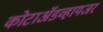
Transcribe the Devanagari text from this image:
कोटाॲडव्हायजर